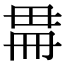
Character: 𣫳